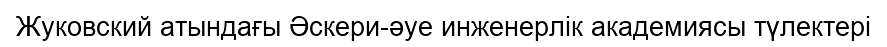
Жуковский атындағы Әскери-әуе инженерлік академиясы түлектері